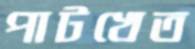
পাটখেত